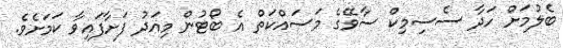
ބެލުމަށް ހަދާ ސެސިމިކް ސާވޭގެ މަސައްކަތް އެ ބޯޓުން މިއަދު ފަށާފައިވާ ކަމަށެވެ.